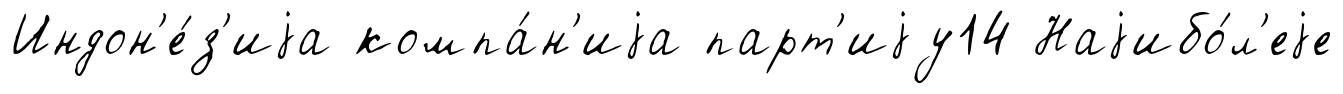
Индон'е́з'иjа компа́н'иjа парт'иjу14 Наjибо́л'еjе